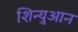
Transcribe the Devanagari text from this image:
शिन्युआन